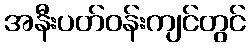
အနီးပတ်ဝန်းကျင်တွင်